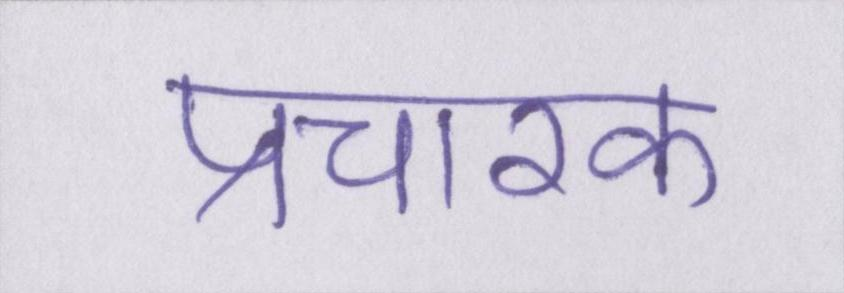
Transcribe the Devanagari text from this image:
प्रचारक